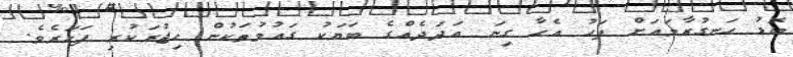
ބޮޑު ހަނގުރާމައަށް ފަހު އެހާ ގިނަ އަދަދެއްގެ ބަޔަކު ގައުމުތަކުން ހިޖުރަކުރި ފަހަރެވެ.